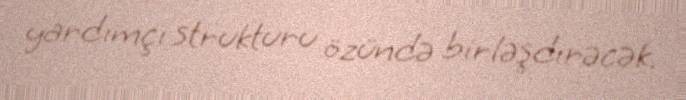
yardımçı strukturu özündə birləşdirəcək.